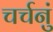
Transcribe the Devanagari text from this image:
चर्चनुं